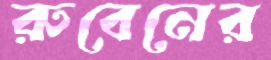
রুবেনের